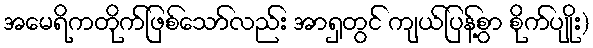
အမေရိကတိုက်ဖြစ်သော်လည်း အာရှတွင် ကျယ်ပြန့်စွာ စိုက်ပျိုး)